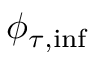
\phi _ { \tau , \mathrm { i n f } }